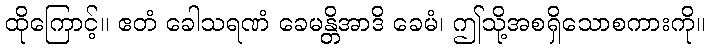
ထိုကြောင့်။ ဧတံ ခေါသရဏံ ခေမန္တိအာဒိ ခေမံ၊ ဤသို့အစရှိသောစကားကို။